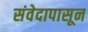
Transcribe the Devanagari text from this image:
संवेदापासून